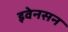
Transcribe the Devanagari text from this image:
इवेनसन